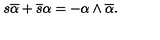
s \overline { { \alpha } } + \overline { { s } } \alpha = - \alpha \wedge \overline { { \alpha } } .